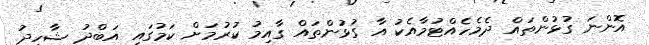
އޮންނަ ގުޅުންތައް ދެމެހެއްޓުމާއެކު އާ ގުޅުންތައް ގާއިމު ކުރުމަށް ކަމުގައި އަބްދު ޝާހިދު